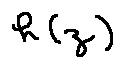
h ( z )